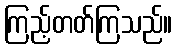
ကြည့်တတ်ကြသည်။